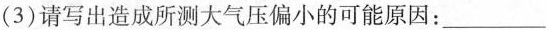
(3)请写出造成所测大气压偏小的可能原因：___